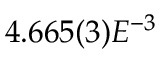
4 . 6 6 5 ( 3 ) E ^ { - 3 }